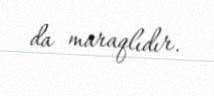
da maraqlıdır.